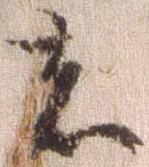
者